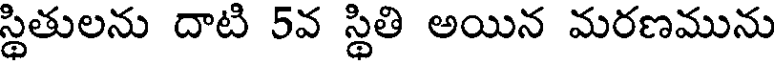
స్థితులను దాటి 5వ స్థితి అయిన మరణమును